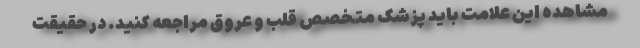
مشاهده این علامت باید پزشک متخصص قلب و عروق مراجعه کنید. در حقیقت